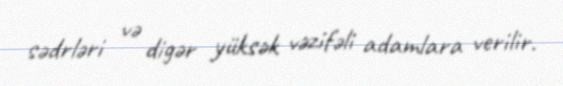
sədrləri və digər yüksək vəzifəli adamlara verilir.